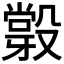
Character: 𣪼